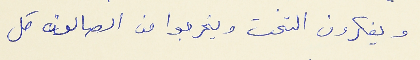
ويفكرون التخت ويخرجوا من الصالون كل